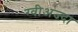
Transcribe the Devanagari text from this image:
ग्वीअज्दा